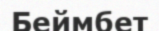
Беймбет